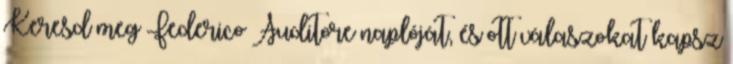
Keresd meg Federico Auditore naplóját, és ott válaszokat kapsz